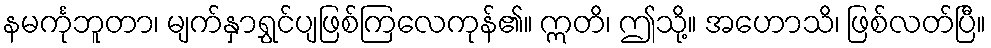
နမင်္ကုဘူတာ၊ မျက်နှာရွှင်ပျဖြစ်ကြလေကုန်၏။ ဣတိ၊ ဤသို့။ အဟောသိ၊ ဖြစ်လတ်ပြီ။